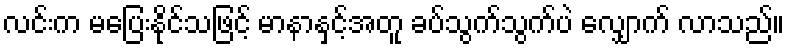
လင်းက မပြေးနိုင်သဖြင့် မာနာနှင့်အတူ ခပ်သွက်သွက်ပဲ လျှောက် လာသည်။